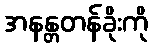
အနန္တတန်ခိုးကို